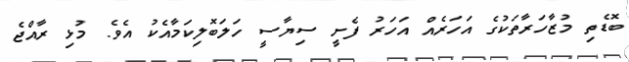
ބޮޑެތި މުޒާހަރާތަކުގެ އަހަރެއް އަހަރު ފެށީ ސިޔާސީ ހަލަބޮލިކަމާއެކު އެވެ. މުޅި ރާއްޖެ